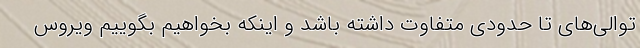
توالی‌های تا حدودی متفاوت داشته باشد و اینکه بخواهیم بگوییم ویروس